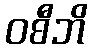
ဝစီဘိ